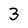
Character: 3